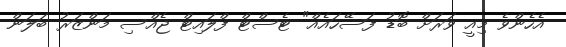
އެހެންވެ މިއީ ވަރަށް ބޮޑު ފަސޭހައެއް" ޓެސްޓް ފްލައިޓް ޖެއްސި މަންޒަރު ބަލަން